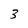
Character: 3